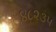
૪૮૨૩૫